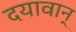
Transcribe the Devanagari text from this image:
दयावान्